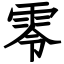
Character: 零